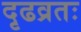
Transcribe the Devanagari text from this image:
दृढव्रतः